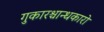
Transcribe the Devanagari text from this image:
गुकारश्चान्धकारो